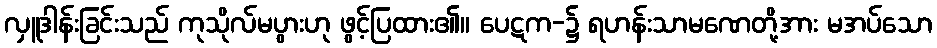
လှူဒါန်းခြင်းသည် ကုသိုလ်မပွားဟု ဖွင့်ပြထား၏။ ပေဋက-၌ ရဟန်းသာမဏေတို့အား မအပ်သော